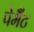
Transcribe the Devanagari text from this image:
पेमैंट